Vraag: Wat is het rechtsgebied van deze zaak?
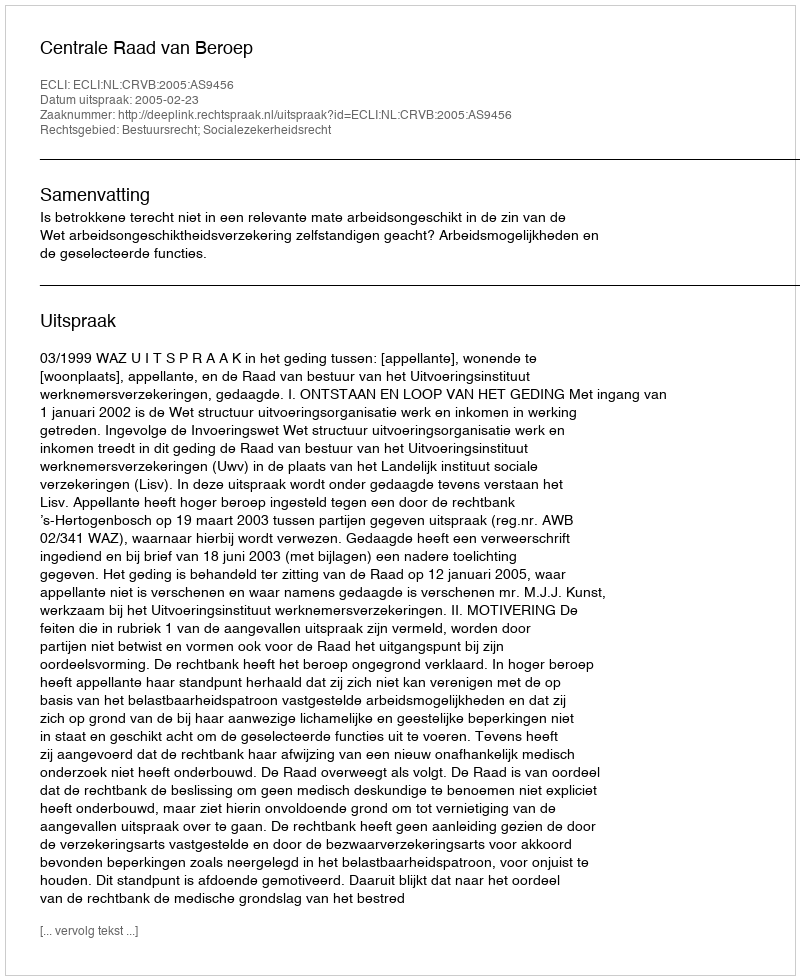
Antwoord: Bestuursrecht; Socialezekerheidsrecht